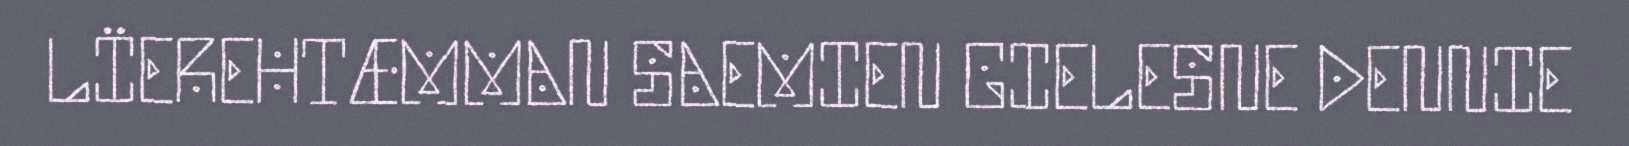
LÏEREHTÆMMAN SAEMIEN GIELESNE DENNIE